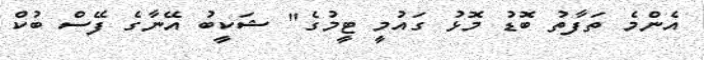
އެންމެ ތަފާތު ބޮޑު މޮޅު ގައުމީ ޓީމުގެ" ޝަކީބު އޭނާގެ ފޭސް ބުކް